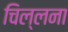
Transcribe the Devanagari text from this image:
चिल्लना